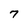
Character: 7